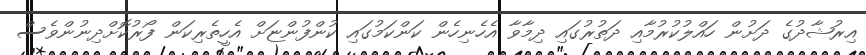
އިރުޝާދުގެ ދަށުން ހައްލުކުރުމާއި ދަތުރުގައި ދިމާވާ އެހެނިހެން ކަންކަމުގައި ކުންފުންޏަށް އެހީތެރިކަން ފޯރުކޮށްދިނުންވެސް